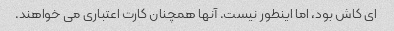
ای کاش بود، اما اینطور نیست. آنها همچنان کارت اعتباری می خواهند.